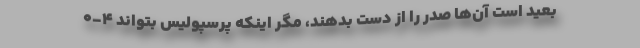
بعید است آن‌ها صدر را از دست بدهند، مگر اینکه پرسپولیس بتواند 4-0